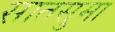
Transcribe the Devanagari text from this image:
सातसुमा